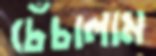
চেঁচালাম